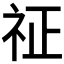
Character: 𥘺